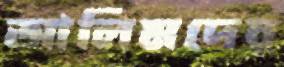
আলিমদের